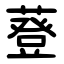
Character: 䔲